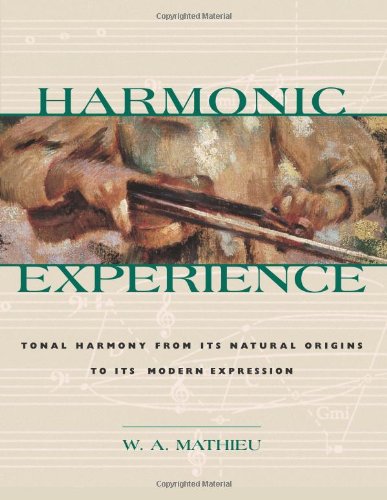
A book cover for Harmonic Experience: Tonal Harmony from Its Natural Origins to Its Modern Expression; W. A. Mathieu; Christian Books & Bibles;